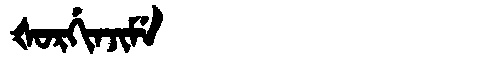
Manchu: ᡧᠣᡵᡤᡳᠨᠵᡳᠮᡝ
Romanization: ŠORGINJIME